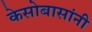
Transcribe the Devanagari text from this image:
केसोबासांनी